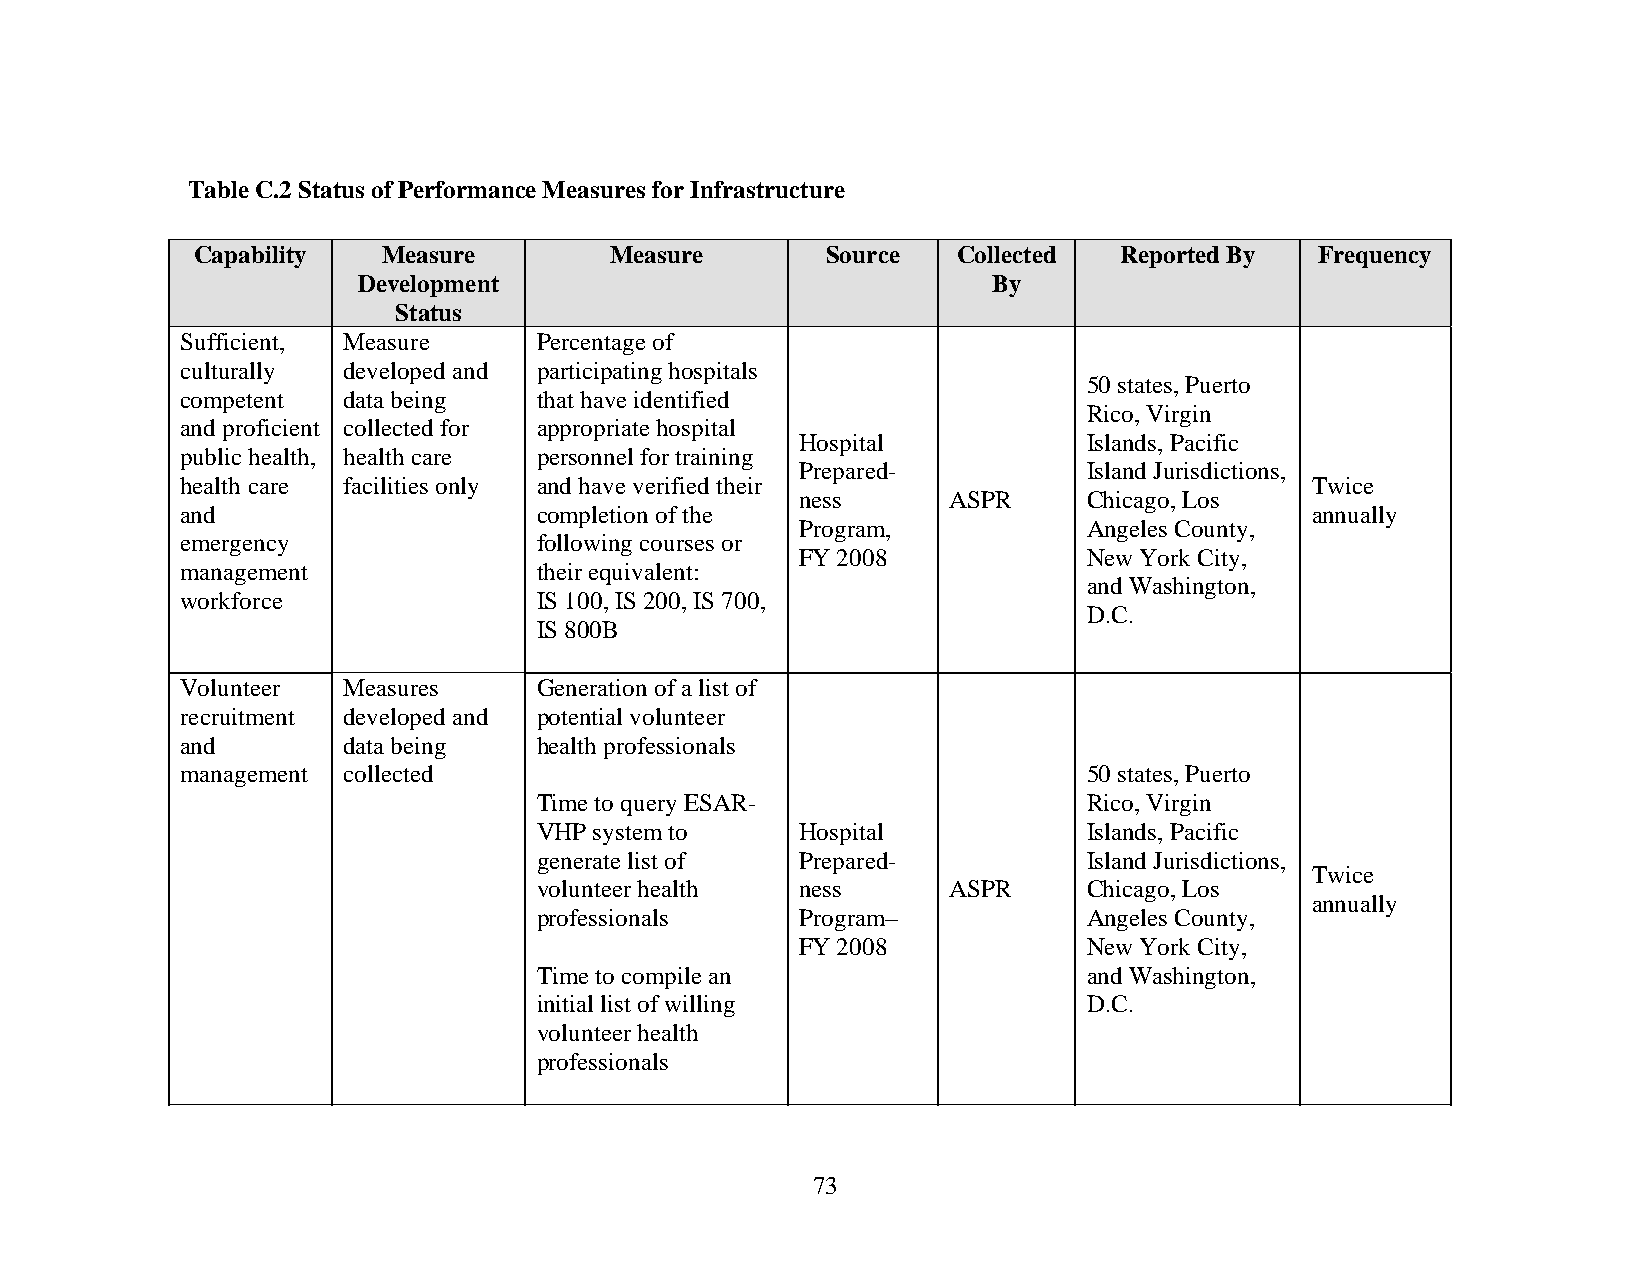
Table C.2 Status of Performance Measures for Infrastructure
 Capability  Measure        Measure        Source  Collected  Reported By  Frequency
 Development                               By
 Status
 Sufficient, Measure     Percentage of
 culturally developed and participating hospitals
 50 states, Puerto
 competent  data being   that have identified
 Rico, Virgin
 and proficient collected for appropriate hospital
 Hospital           Islands, Pacific
 public health, health care personnel for training
 Prepared-          Island Jurisdictions,
 health care facilities only and have verified their                        Twice
 ness      ASPR     Chicago, Los
 and                     completion of the                                  annually
 Program,           Angeles County,
 emergency               following courses or
 FY 2008            New York City,
 management              their equivalent:
 and Washington,
 workforce               IS 100, IS 200, IS 700,
 D.C.
 IS 800B
 Volunteer  Measures     Generation of a list of
 recruitment developed and potential volunteer
 and        data being   health professionals
 management collected                                        50 states, Puerto
 Time to query ESAR-                 Rico, Virgin
 VHP system to    Hospital           Islands, Pacific
 generate list of Prepared-          Island Jurisdictions,
 Twice
 volunteer health ness      ASPR     Chicago, Los
 annually
 professionals    Program–           Angeles County,
 FY 2008            New York City,
 Time to compile an                  and Washington,
 initial list of willing             D.C.
 volunteer health
 professionals
 73